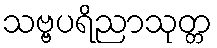
သဗ္ဗပရိညာသုတ္တ